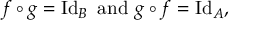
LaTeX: f \circ g = \operatorname { I d } _ { B } { \mathrm { ~ a n d ~ } } g \circ f = \operatorname { I d } _ { A } ,